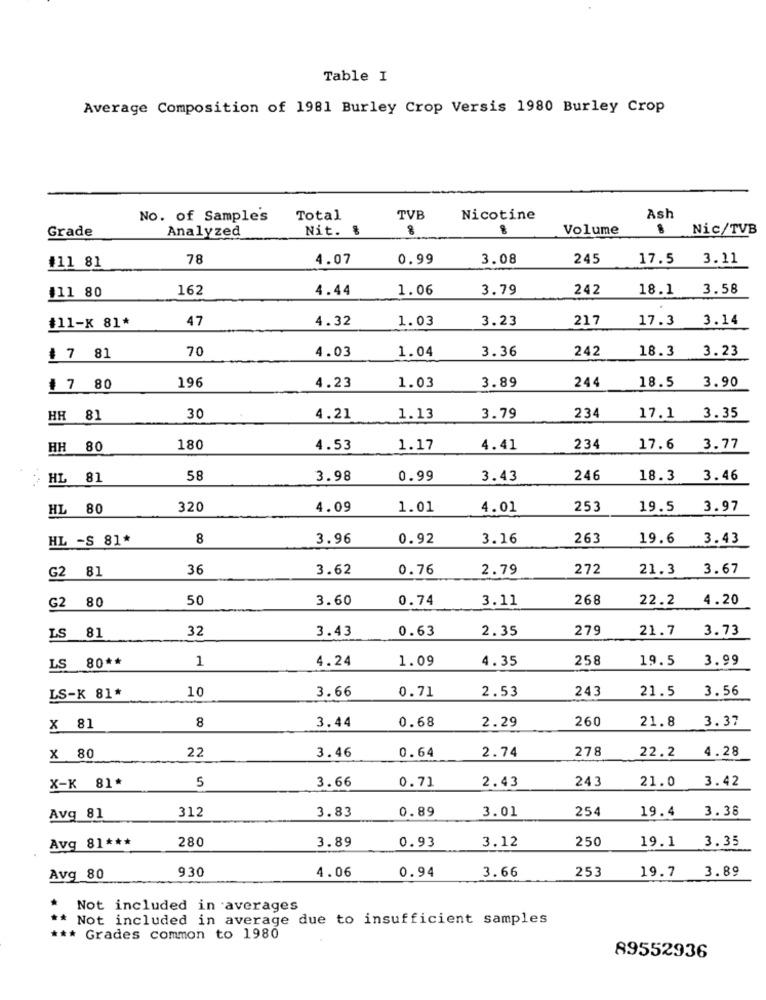
Table I
Average Composition of 1981 Burley Crop Versis 1980 Burley Crop
No. of Samples
Total
TVB
Nicotine
Ash
Grade
Analyzed
Nit. %
Volume
Nic/TVB
78
4.07
0.99
3.08
245
17.5
3.11
#11 81
162
4.44
1.06
3.79
242
18.1
3.58
#11 80
47
4.32
1.03
3.23
217
17.3
3.14
#11-K 81*
70
4.03
1.04
3.36
242
18.3 3.23
# 7 81
196
244
# 7 80
4.23
1.03
3.89
18.5 3.90
HH 81
30
4.21
1.13
3.79
234
17.1 3.35
HH 80
180
4.53
1.17
4.41
234
17.6 3.77
HL 81
58
3.98
0.99
3.43
246
18.3 3.46
HL 80
320
4.09
1.01
4.01
253
19.5 3.97
HL -S 81*
8
3.96
0.92
3.16
263
19.6 3.43
G2 81
36
3.62
0.76
2.79
272
21.3 3.67
G2 80
50
3.60
0.74
3.11
268
22.2
4.20
32
3.43
0.63
2.35
279
21.7
3.73
LS 81
1
4.24
1.09
4.35
258
19.5 3.99
LS 80 **
10
0.71
2.53
243
LS-K 81*
3.66
21.5 3.56
8
0.68
2.29
260
× 81
3.44
21.8 3.37
3.46
0.64
2.74
278
22.2
4.28
x 80
22
5
3.66
2.43
243
21.0
3.42
X-K 81*
0.71
3.83
0.89
3.01
254
19.4 3.38
Avg 81
312
280
3.89
0.93
3.12
250
19.1 3.35
Avg 81 ***
930
4.06
0.94
3.66
253
Avg 80
19.7 3.89
Not included in averages
** Not included in average due to insufficient samples
*** Grades common to 1980
89552936